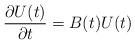
LaTeX: \begin{align*}{{\partial U(t)} \over {\partial t}} = B(t) U(t)\end{align*}